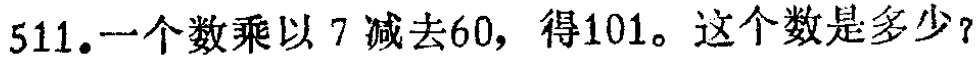
511.一个数乘以7减去60，得101。这个数是多少？